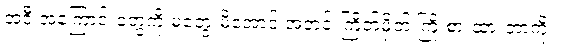
အဲဒီ အကြောင်းတွေကို မတွေးမိအောင် အတင်းကြိတ်မှိတ် ကြိုးစားထားတာကိုး။